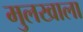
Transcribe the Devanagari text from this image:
मुलखाला